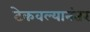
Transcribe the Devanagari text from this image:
टेकवल्यानंतर